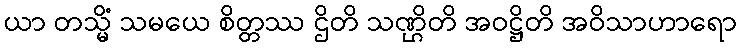
ယာ တသ္မိံ သမယေ စိတ္တဿ ဌိတိ သဏ္ဌိတိ အဝဋ္ဌိတိ အဝိသာဟာရော